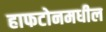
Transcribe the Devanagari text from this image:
हाफटोनमधील